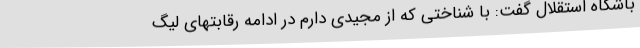
باشگاه استقلال گفت: با شناختی که از مجیدی دارم در ادامه رقابتهای لیگ